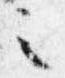
之